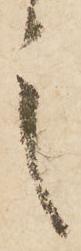
言